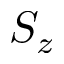
S _ { z }